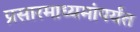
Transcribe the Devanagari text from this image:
प्रसारमाध्यमांपर्यंत